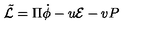
{ \tilde { \cal L } } = \Pi \dot { \phi } - u { \cal E } - v { P }